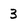
Character: 3